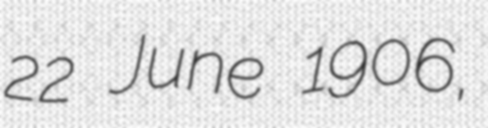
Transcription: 22 June 1906,